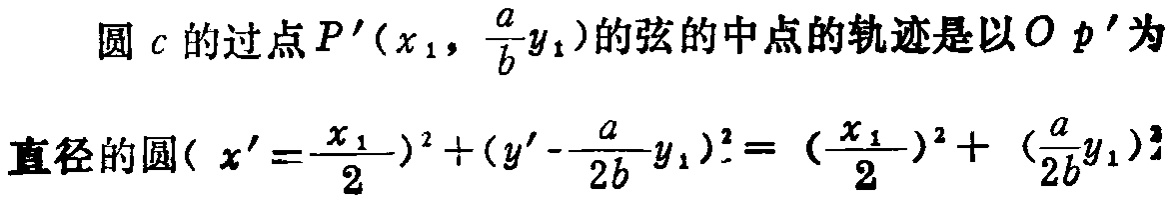
圆\(c\)的过点\(P'(x_1,\frac{a}{b}y_1)\)的弦的中点的轨迹是以\(Op'\)为直径的圆\((x' - \frac{x_1}{2})^2+(y' - \frac{a}{2b}y_1)^2 = (\frac{x_1}{2})^2 + (\frac{a}{2b}y_1)^2\)